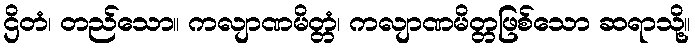
ဌိတံ၊ တည်သော။ ကလျာဏမိတ္တံ၊ ကလျာဏမိတ္တဖြစ်သော ဆရာသို့။